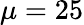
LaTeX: \mu=25